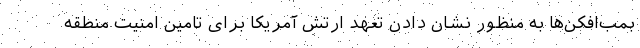
بمب‌افکن‌ها به منظور نشان دادن تعهد ارتش آمریکا برای تامین امنیت منطقه